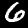
Label: 6